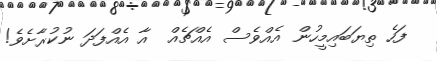
ފަހެ ތިޔަބައިމީހުން އެއްވެސް އެއްޗެއް  އާ އެއްފަދަ ނުކުރާށެވެ!